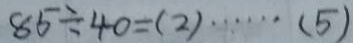
8 5 \div 4 0 = ( 2 ) \cdots ( 5 )